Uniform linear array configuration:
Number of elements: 4
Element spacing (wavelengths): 0.25
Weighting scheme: cosine
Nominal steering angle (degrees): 30
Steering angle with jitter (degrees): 29.412
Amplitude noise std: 0.05
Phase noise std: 0.05

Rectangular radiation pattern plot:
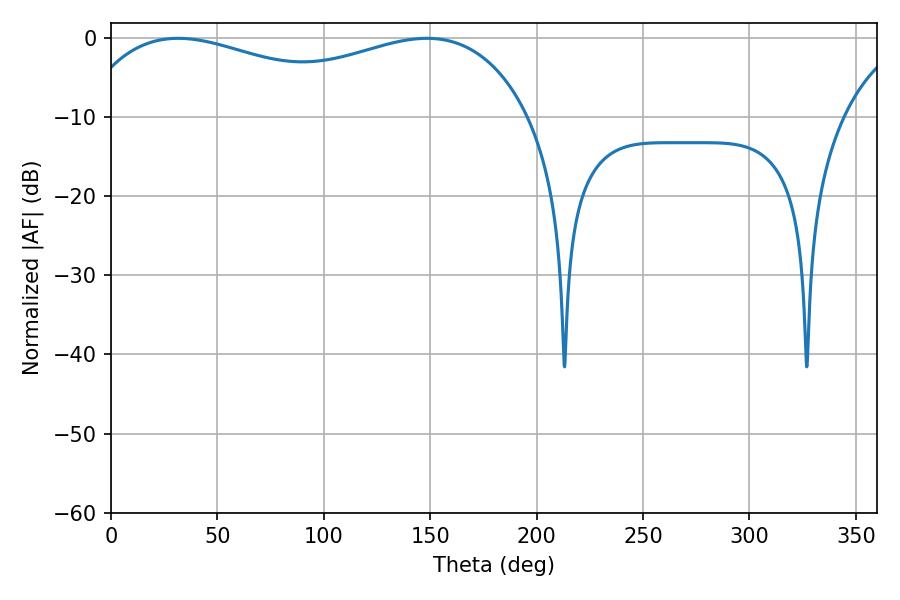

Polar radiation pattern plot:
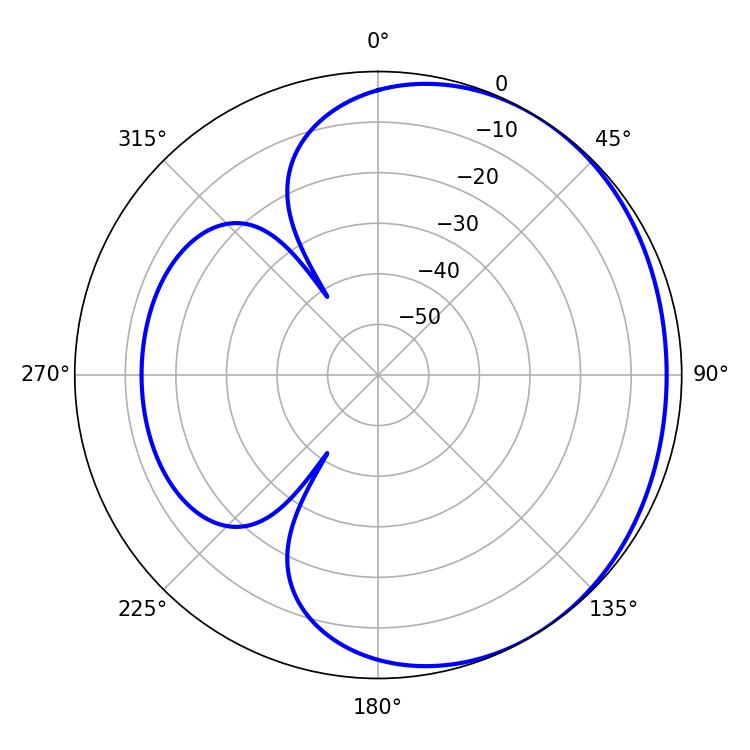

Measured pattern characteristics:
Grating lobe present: FALSE
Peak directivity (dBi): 1.65
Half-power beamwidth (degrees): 174.6
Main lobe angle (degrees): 31.5